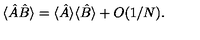
\langle \hat { A } \hat { B } \rangle = \langle \hat { A } \rangle \langle \hat { B } \rangle + O ( 1 / N ) .